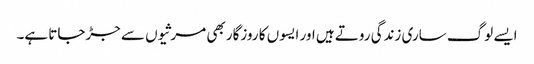
ایسے لوگ ساری زندگی روتے ہیں اور ایسوں کا روزگار بھی مرثیوں سے جڑجاتا ہے۔